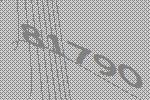
81790